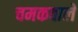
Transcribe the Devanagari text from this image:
चमकवाले